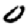
Digit: 0